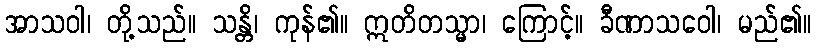
အာသဝါ၊ တို့သည်။ သန္တိ၊ ကုန်၏။ ဣတိတသ္မာ၊ ကြောင့်။ ခီဏာသဝေါ၊ မည်၏။